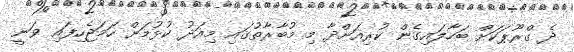
ދެ ގްރޫޕަކަށް ބަހާލައިގެން ކުރިއަށްދާ މި މުބާރާތުގައި މިއަދު ކުޅުމަށް ހަމަޖެހިފައި ވަނީ